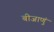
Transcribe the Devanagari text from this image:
बीजाणुं